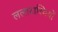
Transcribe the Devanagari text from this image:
ललाटास्थियों